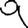
Digit: 9